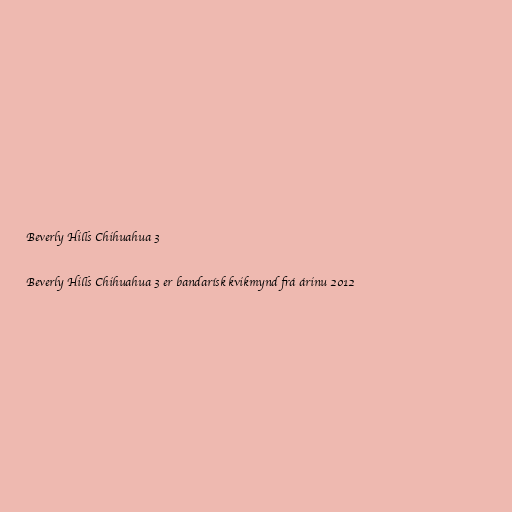
Beverly Hills Chihuahua 3

Beverly Hills Chihuahua 3 er bandarísk kvikmynd frá árinu 2012